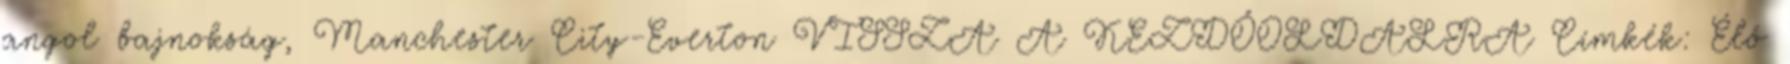
angol bajnokság, Manchester City-Everton VISSZA A KEZDŐOLDALRA Címkék: Élő